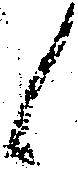
候